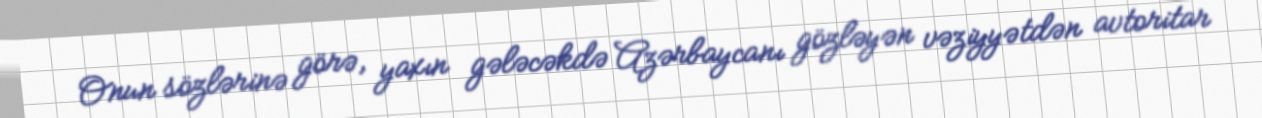
Onun sözlərinə görə, yaxın gələcəkdə Azərbaycanı gözləyən vəziyyətdən avtoritar